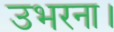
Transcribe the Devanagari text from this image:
उभरना।